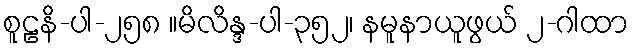
စူဠနိ-ပါ-၂၅၈ ။မိလိန္ဒ-ပါ-၃၅၂၊ နမူနာယူဖွယ် ၂-ဂါထာ